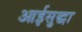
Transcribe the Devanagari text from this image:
आईसुद्धा